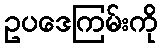
ဥပဒေကြမ်းကို